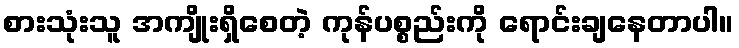
စားသုံးသူ အကျိုးရှိစေတဲ့ ကုန်ပစ္စည်းကို ရောင်းချနေတာပါ။